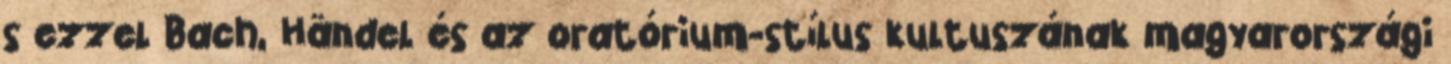
s ezzel Bach, Händel és az oratórium-stílus kultuszának magyarországi